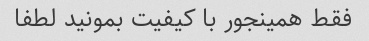
فقط همینجور با کیفیت بمونید لطفا